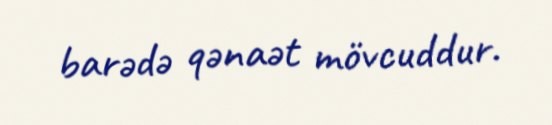
barədə qənaət mövcuddur.